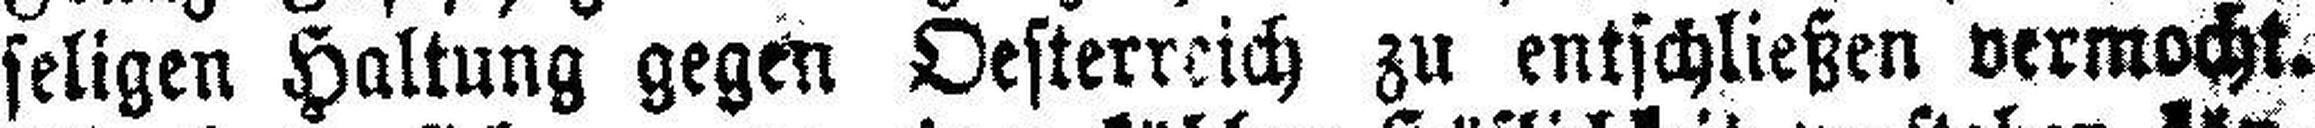
seligen Haltung gegen Oesterreich zu entschließen vermocht.